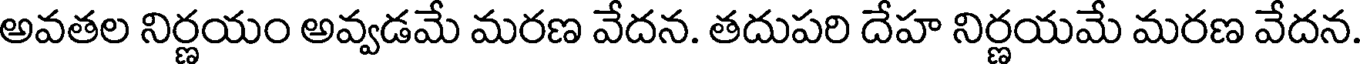
అవతల నిర్ణయం అవ్వడమే మరణ వేదన. తదుపరి దేహ నిర్ణయమే మరణ వేదన